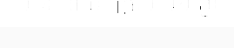
មាន អាយុ ក្រោម ១៦ ឆ្នាំ